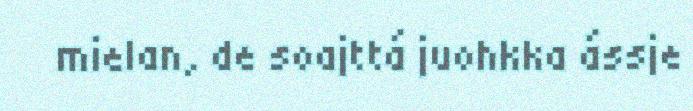
mielan, de soajttá juohkka ássje